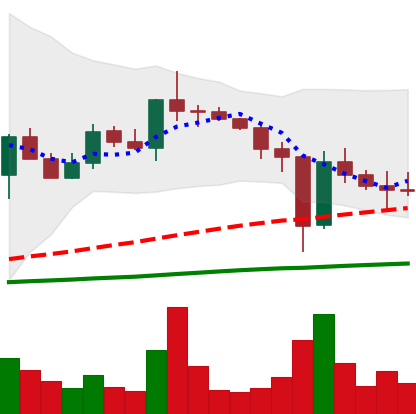
Ticker: XLM-USD
Chart end date: 2020-12-28
Forward return: -11.467%
Label: down_7plus